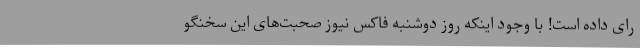
رای داده است! با وجود اینکه روز دوشنبه فاکس نیوز صحبت‌های این سخنگو